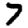
Digit: 7